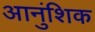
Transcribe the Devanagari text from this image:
आनुंशिक